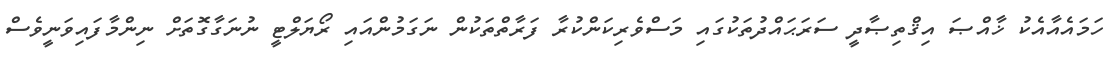
ހަމައެއާއެކު ޚާއްޞަ އިޤްތިޞާދީ ސަރަޙައްދުތަކުގައި މަސްވެރިކަންކުރާ ފަރާތްތަކުން ނަގަމުންއައި ރޯޔަލްޓީ ނުނަގާގޮތަށް ނިންމާފައިވަނީވެސް